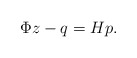
\begin{align*}\Phi z-q=Hp.\end{align*}